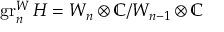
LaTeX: \operatorname { g r } _ { n } ^ { W } H = W _ { n } \otimes \mathbb { C } / W _ { n - 1 } \otimes \mathbb { C }